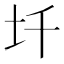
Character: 圲